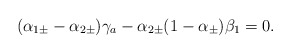
\begin{align*}(\alpha_{1\pm} - \alpha_{2\pm})\gamma_a - \alpha_{2\pm} (1 - \alpha_\pm)\beta_1 = 0.\end{align*}